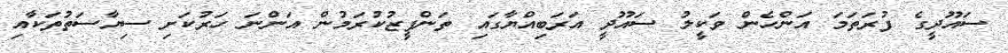
ސައޫދީގެ ފުރަތަމަ އަންހެން ވަކީލު ސައޫދީ އަރަބިއްޔާގައި ތަންފީޒުކުރަމުން އަންނަ ހަރުކަށި ސިޔާސަތުތަކާއި